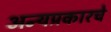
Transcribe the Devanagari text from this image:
अन्यप्रकारचे